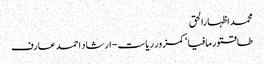
محمد اظہارالحق
طاقتور مافیا‘ کمزور ریاست- ارشاد احمد عارف